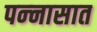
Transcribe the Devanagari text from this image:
पन्‍नासात